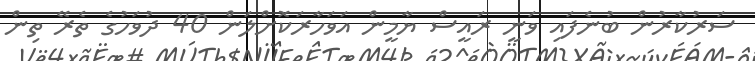
ސަރުކާރުން ބުނެފައި ވަނީ ރައީސް ޔާމީން އަވަހާރަކޮށްލަން 40 ދުވަހުގެ ތެރޭ ތިން